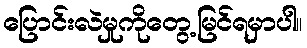
ပြောင်းလဲမှုကိုတွေ့မြင်ရမှာပါ။